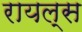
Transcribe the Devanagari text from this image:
रायल्स